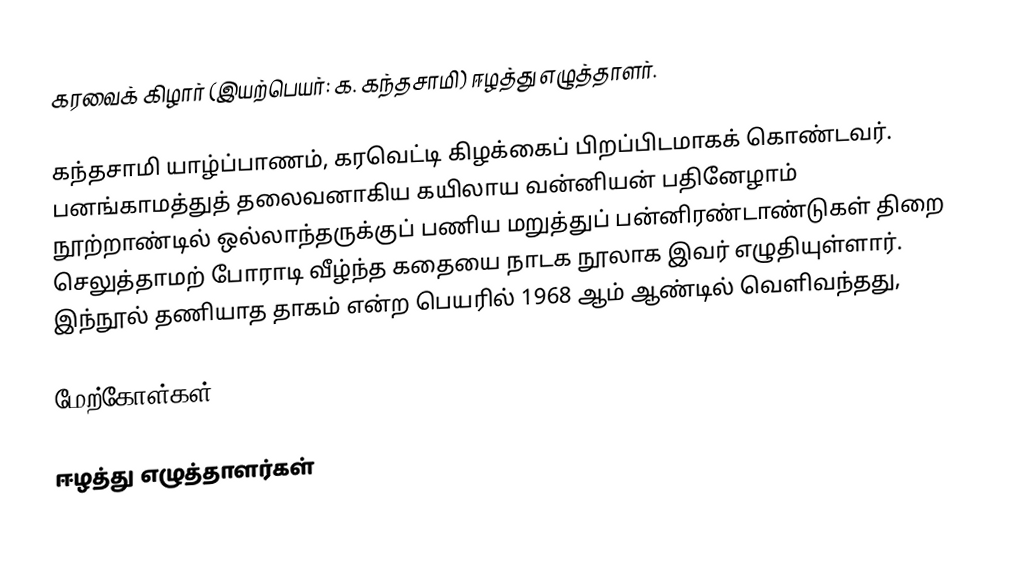
கரவைக் கிழார் (இயற்பெயர்: க. கந்தசாமி) ஈழத்து எழுத்தாளர்.

கந்தசாமி யாழ்ப்பாணம், கரவெட்டி கிழக்கைப் பிறப்பிடமாகக் கொண்டவர். பனங்காமத்துத் தலைவனாகிய கயிலாய வன்னியன் பதினேழாம் நூற்றாண்டில் ஒல்லாந்தருக்குப் பணிய மறுத்துப் பன்னிரண்டாண்டுகள் திறை செலுத்தாமற் போராடி வீழ்ந்த கதையை நாடக நூலாக இவர் எழுதியுள்ளார். இந்நூல் தணியாத தாகம் என்ற பெயரில் 1968 ஆம் ஆண்டில் வெளிவந்தது,

மேற்கோள்கள்

ஈழத்து எழுத்தாளர்கள்